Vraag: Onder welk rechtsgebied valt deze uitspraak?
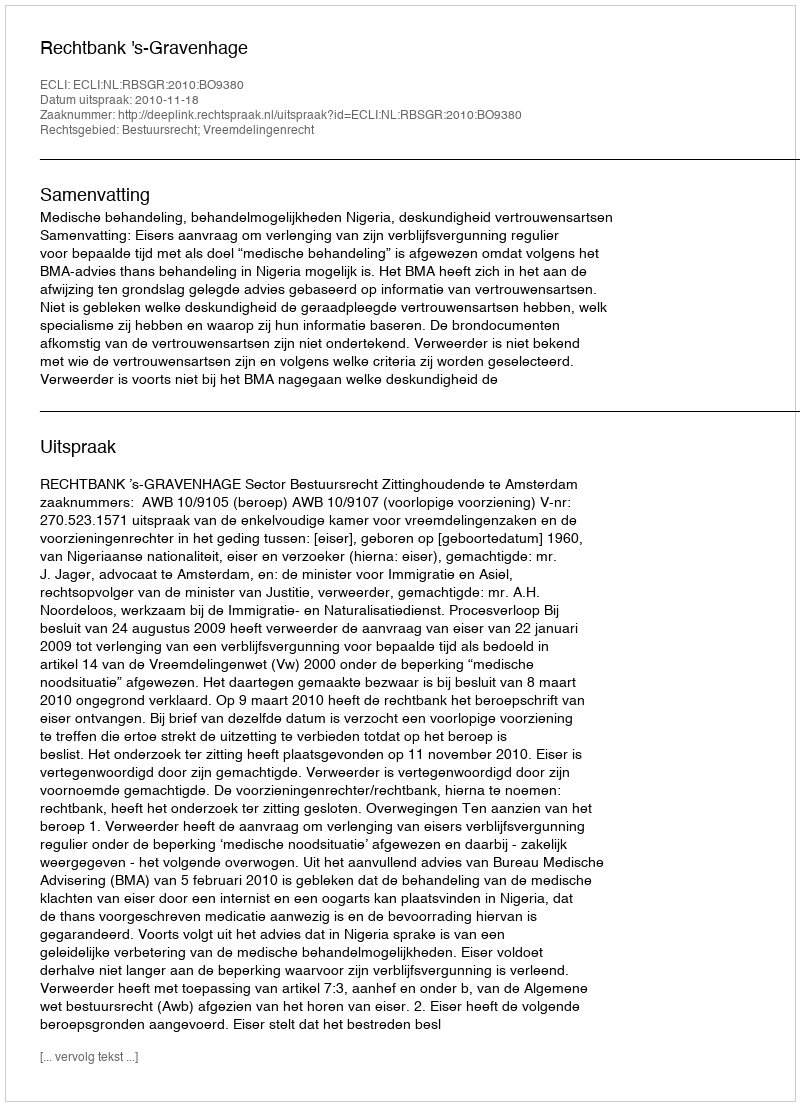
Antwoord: Bestuursrecht; Vreemdelingenrecht